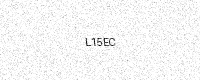
Text: L15EC